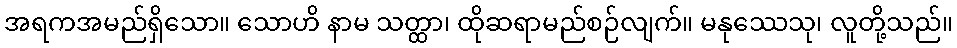
အရကအမည်ရှိသော။ သောဟိ နာမ သတ္ထာ၊ ထိုဆရာမည်စဉ်လျက်။ မနုဿေသု၊ လူတို့သည်။